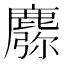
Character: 𪋈